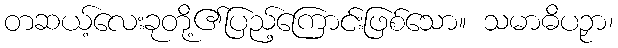
တဆယ့်လေးခုတို့၏ပြည့်ကြောင်းဖြစ်သော။ သမာဓိပဉှာ၊